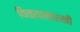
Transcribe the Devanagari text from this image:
विळ्यासारखी